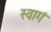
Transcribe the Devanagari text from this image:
स्वागं